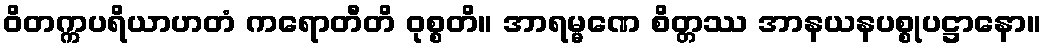
ဝိတက္ကပရိယာဟတံ ကရောတီတိ ဝုစ္စတိ။ အာရမ္မဏေ စိတ္တဿ အာနယနပစ္စုပဋ္ဌာနော။